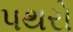
પથરો